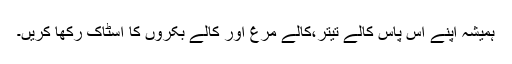
ہمیشہ اپنے آس پاس کالے تیتر،کالے مرغ اور کالے بکروں کا اسٹاک رکھا کریں۔